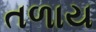
તળાય